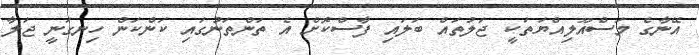
އޭނާގެ މަސްއޫލިއްޔަތަކީ ޖަލުތައް ބަލައި ފާސްކޮށް އެ ތަންތަނުގައި ކަންކަން ހިނގަނީ ޖަލާ